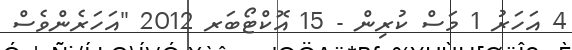
4 އަހަރު 1 މަސް ކުރިން - 15 އޮކްޓޯބަރ 2012 "އަހަރެންވެސް